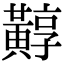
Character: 䵍